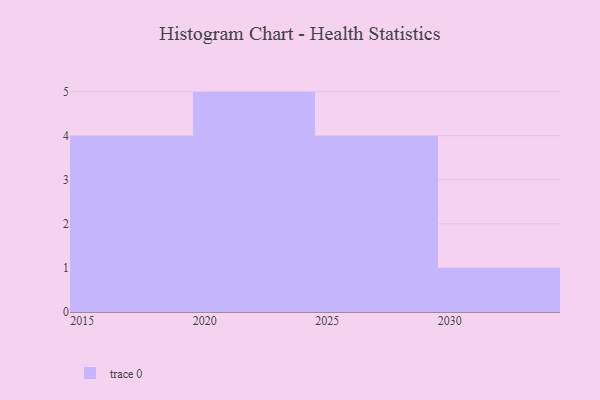
{"axis": {"x": "Year", "y": "Latency (ms)"}, "legend": [""], "data": [{"x": "2016", "y": 84, "type": ""}, {"x": "2028", "y": 17, "type": ""}, {"x": "2024", "y": 31, "type": ""}, {"x": "2022", "y": 99, "type": ""}, {"x": "2020", "y": 22, "type": ""}, {"x": "2023", "y": 9, "type": ""}, {"x": "2029", "y": 90, "type": ""}, {"x": "2026", "y": 29, "type": ""}, {"x": "2018", "y": 60, "type": ""}, {"x": "2019", "y": 79, "type": ""}, {"x": "2027", "y": 19, "type": ""}, {"x": "2017", "y": 100, "type": ""}, {"x": "2021", "y": 74, "type": ""}, {"x": "2030", "y": 10, "type": ""}]}